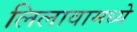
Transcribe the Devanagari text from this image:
लिलावामध्ये